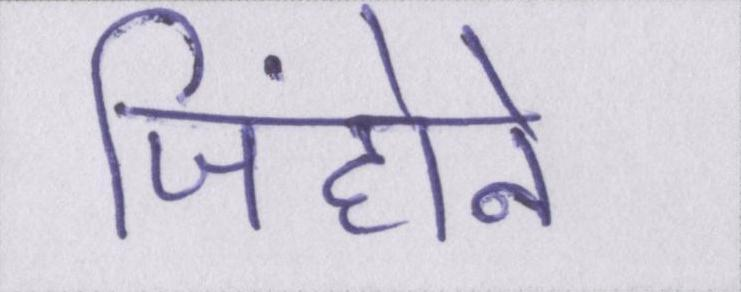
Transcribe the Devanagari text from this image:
जिंहोने